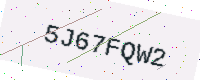
Text: 5J67FQW2